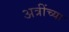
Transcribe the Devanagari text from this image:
अत्रींच्या